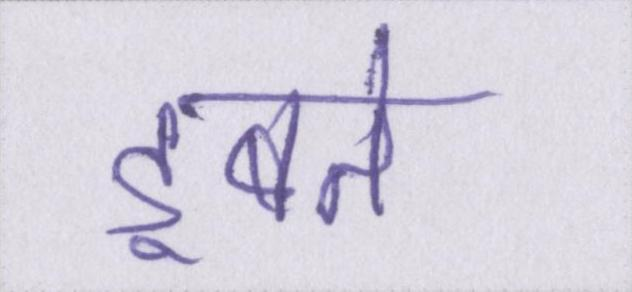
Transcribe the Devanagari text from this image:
डूबते